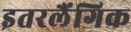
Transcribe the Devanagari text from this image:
इतरलैंगिक